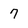
Character: 7